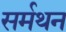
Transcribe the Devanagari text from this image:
सर्मथन